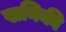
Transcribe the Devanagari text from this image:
खनिकी